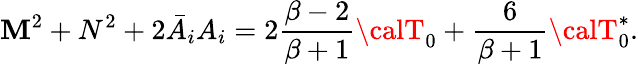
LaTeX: \mathbf{M}^{2}+N^{2}+2\bar{{A}}_{i}A_{i}=2{\frac{{\beta-2}}{{\beta+1}}}{\calT}_{0}+{\frac{{6}}{{\beta+1}}}{\calT}_{0}^{*}.